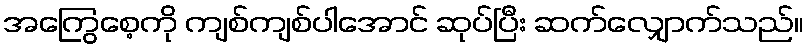
အကြွေစေ့ကို ကျစ်ကျစ်ပါအောင် ဆုပ်ပြီး ဆက်လျှောက်သည်။